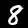
Digit: 8